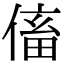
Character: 傗